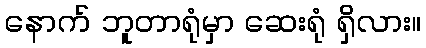
နောက် ဘူတာရုံမှာ ဆေးရုံ ရှိလား။